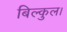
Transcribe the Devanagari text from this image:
बिल्कुल।